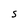
Character: S